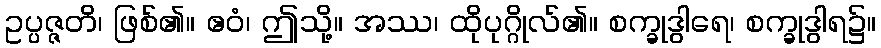
ဥပ္ပဇ္ဇတိ၊ ဖြစ်၏။ ဧဝံ၊ ဤသို့။ အဿ၊ ထိုပုဂ္ဂိုလ်၏။ စက္ခုဒွါရေ၊ စက္ခုဒွါရ၌။